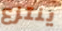
ينتزع